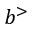
b ^ { > }